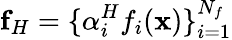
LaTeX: \mathbf{f}_{H}=\{ \alpha_{i}^{H}f_{i}(\mathbf{x})\} _{i=1}^{N_{f}}